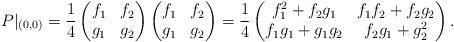
LaTeX: \begin{align*}P|_{(0,0)}=\frac{1}{4}\begin{pmatrix}f_{1} & f_{2} \\g_{1} & g_{2}\end{pmatrix}\begin{pmatrix}f_{1} & f_{2} \\g_{1} & g_{2}\end{pmatrix}=\frac{1}{4}\begin{pmatrix}f_{1}^{2}+f_{2}g_{1} & f_{1}f_{2}+f_{2}g_{2} \\f_{1}g_{1}+g_{1}g_{2} & f_{2}g_{1}+g_{2}^{2}\end{pmatrix}.\end{align*}